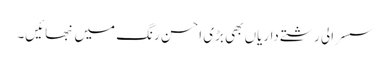
سسرالی رشتے داریاں بھی بڑی احسن رنگ میں نبھائیں۔